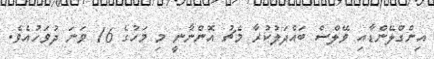
އިންގްލޭންޑާއި ވޭލްސް ބައްދަލުކުރާ މެޗު އޮންނާނީ މި މަހުގެ 16 ވަނަ ދުވަހުއެވެ.